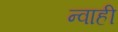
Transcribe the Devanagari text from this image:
न्वाही